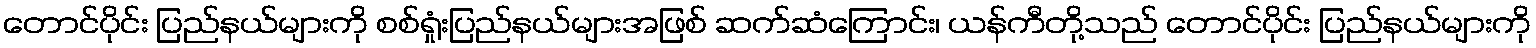
တောင်ပိုင်း ပြည်နယ်များကို စစ်ရှုံးပြည်နယ်များအဖြစ် ဆက်ဆံကြောင်း၊ ယန်ကီတို့သည် တောင်ပိုင်း ပြည်နယ်များကို